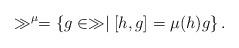
LaTeX: \begin{align*}\gg^{\mu}=\left\{g\in\gg \mid \left[h,g\right]=\mu(h) g\right\}.\end{align*}